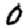
Digit: 0